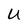
Character: U